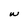
Character: W